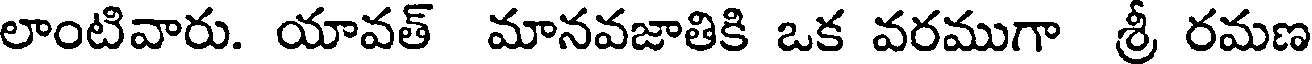
లాంటివారు. యావత్ మానవజాతికి ఒక వరముగా శ్రీ రమణ